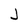
Character: J